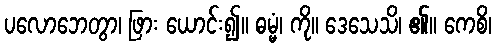
ပလောဘေတွာ၊ ဖြား ယောင်း၍။ ဓမ္မံ၊ ကို။ ဒေသေသိ၊ ၏။ ကေစိ၊